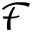
\mathcal { F }